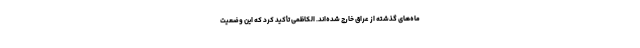
ماه‌های گذشته از عراق خارج شده‌اند. الکاظمی تأکید کرد که این وضعیت